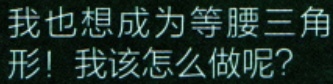
我也想成为等腰三角形！我该怎么做呢？